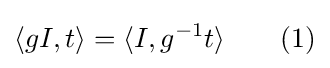
\langle gI,t\rangle =\langle I,g^{-1}t\rangle \qquad (1)